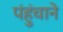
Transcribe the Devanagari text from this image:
पंहुंचाने